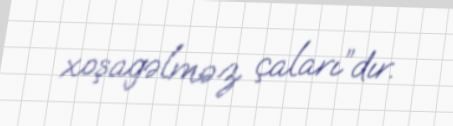
xoşagəlməz çaları”dır.